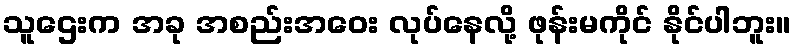
သူဌေးက အခု အစည်းအဝေး လုပ်နေလို့ ဖုန်းမကိုင် နိုင်ပါဘူး။